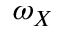
\omega _ { X }